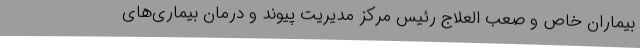
بیماران خاص و صعب ‌العلاج رئیس مرکز مدیریت پیوند و درمان بیماری‌های